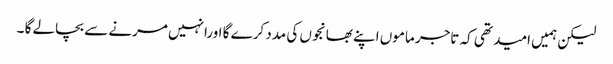
لیکن ہمیں امید تھی کہ تاجر ماموں اپنے بھانجوں کی مدد کرے گا اورانہیں مرنے سے بچالے گا ۔